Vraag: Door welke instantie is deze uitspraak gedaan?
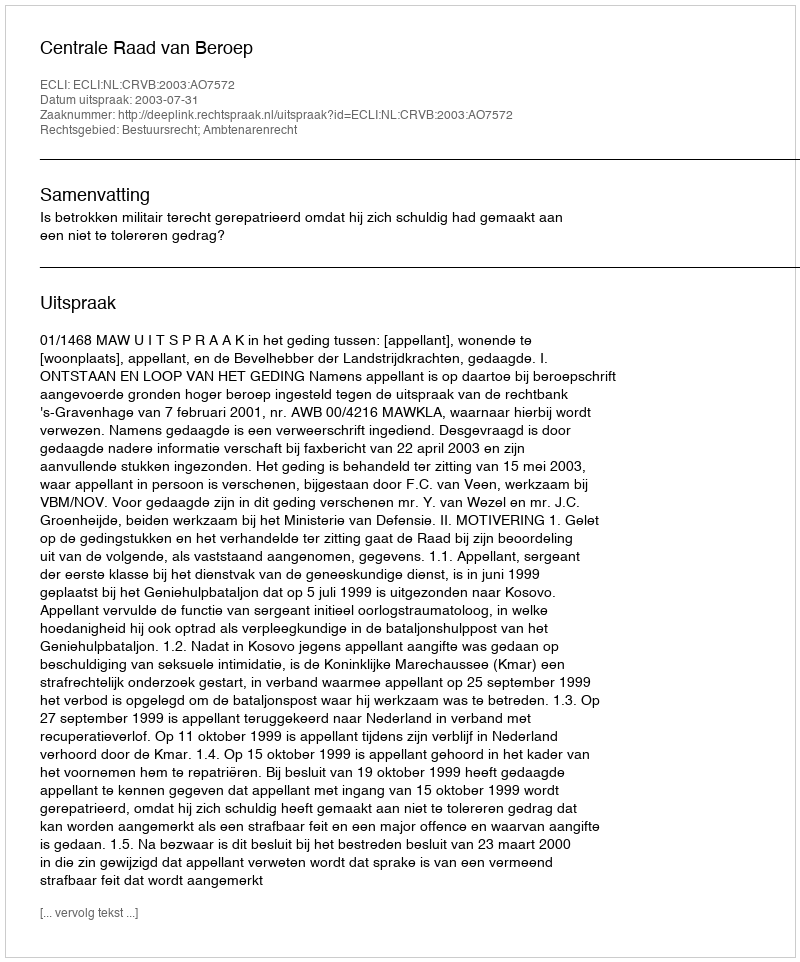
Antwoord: Centrale Raad van Beroep